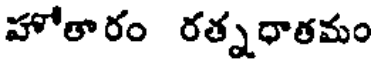
హోతారం రత్నధాతమం